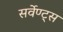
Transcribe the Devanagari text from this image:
सर्वेण्ट्स